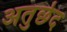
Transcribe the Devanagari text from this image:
अतुछेद